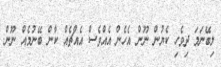
ލިބޭނަމަ ދިވެހި ކެޔުން ނޫން އެހެން އެއްވެސް އެއްޗެއް ކާން ބޭނުމެއް ނޫން.